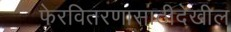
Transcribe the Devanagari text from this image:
फेरवितरणासाठीदेखील